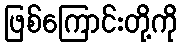
ဖြစ်ကြောင်းတို့ကို